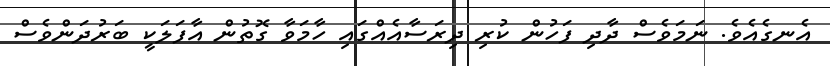
އެނގެއެވެ. ނަމަވެސް ދާދި ފަހުން ކުރި ދިރަަސާއެއްގައި ހާމަވާ ގޮތުން އާފަލަކީ ބަރުދަންވެސް